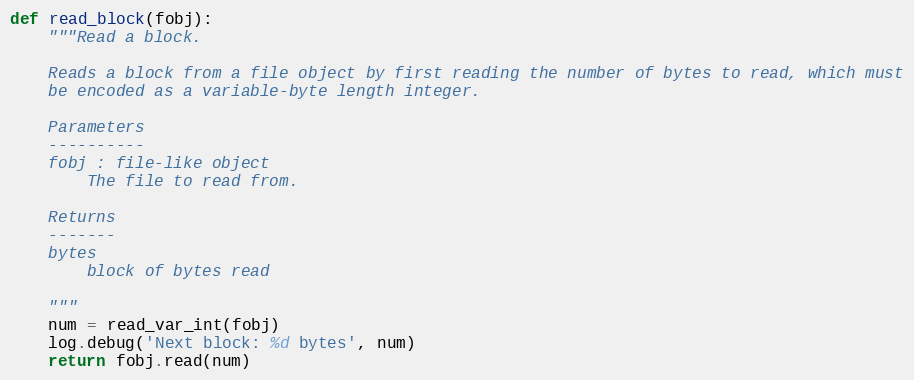
Language: Python
def read_block(fobj):
    """Read a block.

    Reads a block from a file object by first reading the number of bytes to read, which must
    be encoded as a variable-byte length integer.

    Parameters
    ----------
    fobj : file-like object
        The file to read from.

    Returns
    -------
    bytes
        block of bytes read

    """
    num = read_var_int(fobj)
    log.debug('Next block: %d bytes', num)
    return fobj.read(num)